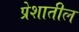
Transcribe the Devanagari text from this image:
प्रेशातील